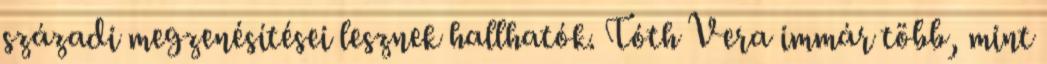
századi megzenésítései lesznek hallhatók. Tóth Vera immár több, mint